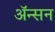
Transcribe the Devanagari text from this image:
अॅन्सन